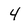
Character: 4